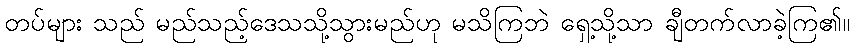
တပ်များ သည် မည်သည့်ဒေသသို့သွားမည်ဟု မသိကြဘဲ ရှေ့သို့သာ ချီတက်လာခဲ့ကြ၏။